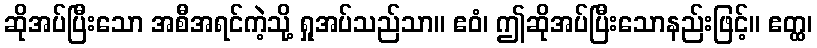
ဆိုအပ်ပြီးသော အစီအရင်ကဲ့သို့ ရှုအပ်သည်သာ။ ဧဝံ၊ ဤဆိုအပ်ပြီးသောနည်းဖြင့်။ ဧတ္ထ၊